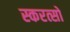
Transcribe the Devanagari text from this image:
स्करत्सो